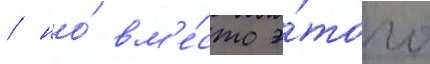
/ но́ вм'е́сто э́того